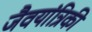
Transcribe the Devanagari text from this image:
जैवयांत्रिकी